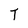
Character: T